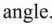
angle.